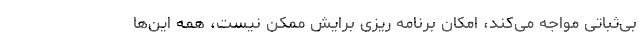
بی‌ثباتی مواجه می‌کند، امکان برنامه ریزی برایش ممکن نیست، همه این‌ها